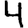
Digit: 4